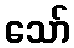
သော်